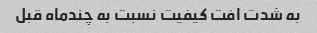
به شدت افت کیفیت نسبت به چندماه قبل